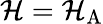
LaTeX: \mathcal{H}=\mathcal{H}_{\mathrm{A}}